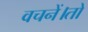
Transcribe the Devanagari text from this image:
वचनें।तो